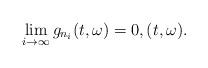
LaTeX: \begin{align*}\lim_{i\rightarrow \infty} g_{n_i}(t,\omega) = 0 , (t,\omega).\end{align*}